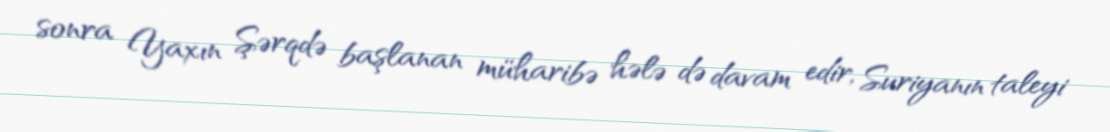
sonra Yaxın Şərqdə başlanan müharibə hələ də davam edir, Suriyanın taleyi